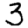
Digit: 3